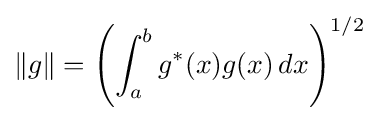
\|g\|=\left(\int _{a}^{b}g^{*}(x)g(x)\,dx\right)^{1/2}